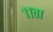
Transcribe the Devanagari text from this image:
११ता